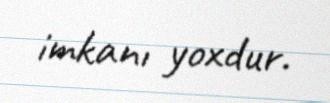
imkanı yoxdur.